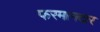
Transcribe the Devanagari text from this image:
फरमानदार